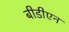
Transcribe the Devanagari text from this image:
बीडीएन